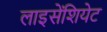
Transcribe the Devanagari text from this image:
लाइसेंशियेट